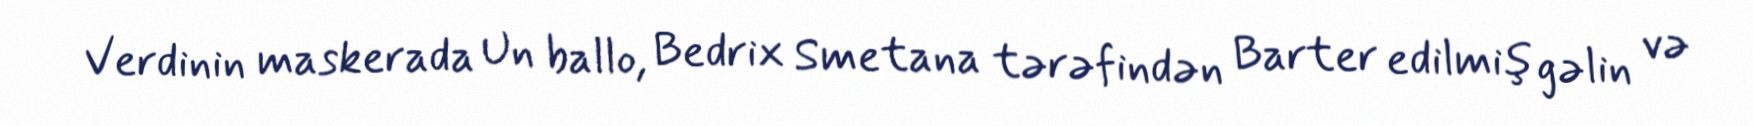
Verdinin maskerada Un ballo, Bedrix Smetana tərəfindən Barter edilmiş gəlin və